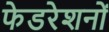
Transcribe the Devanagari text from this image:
फेडरेशनों